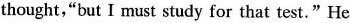
thought,"but I must study for that test."He